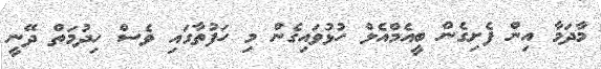
މާދަމާ އިން ފެށިގެން ބީއެމްއެލް ހުޅުވައިގެން މި ހަފުތާގައި ވެސް ހިދުމަތް ދޭނީ